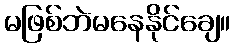
မဖြစ်ဘဲမနေနိုင်ချေ။